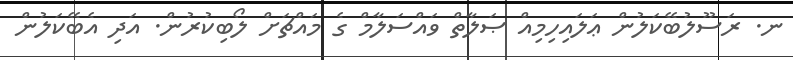
ނ. ރަސޫލުބޭކަލުން ޢަލައިހިމިއް ޞަލާތް ވައްސަލާމް ގެ މައްޗަށް ލޯބިކުރުން. އަދި އެބޭކަލުން